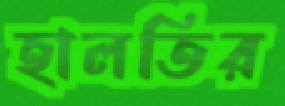
হালতির